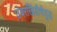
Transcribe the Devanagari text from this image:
उंबरखिंडीचेंयुद्ध